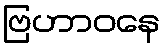
ဗြဟာဝနေ